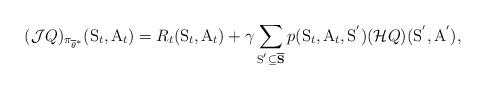
LaTeX: \begin{align*} (\mathcal{J}Q)_{\pi_{\overline{\theta}^{*}}}(\mathrm{S}_t, \mathrm{A}_t) = R_t(\mathrm{S}_t, \mathrm{A}_t)+\gamma\sum_{\mathrm{S}^{'} \subseteq \overline{\mathbf{S}}}p(\mathrm{S}_t, \mathrm{A}_t, \mathrm{S}^{'}) (\mathcal{H}Q)(\mathrm{S}^{'}, \mathrm{A}^{'}),\end{align*}